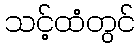
သင့်ထံတွင်